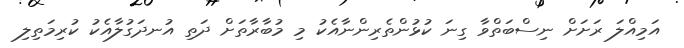
އަމިއްލަ ރަށަށް ނިސްބަތްވާ ގިނަ ކުޅުންތެރިންނާއެކު މި މުބާރާތަށް ދަތި އުނދަގުލާއެކު ކުރިމަތިލި